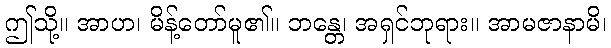
ဤသို့။ အာဟ၊ မိန့်တော်မူ၏။ ဘန္တေ၊ အရှင်ဘုရား။ အာမဇာနာမိ၊